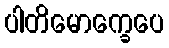
ပါတိမောက္ခေပေ